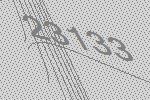
23133